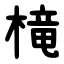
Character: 槞